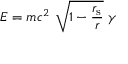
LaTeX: E = m c ^ { 2 } \ { \sqrt { 1 - { \frac { r _ { \mathrm { { s } } } } { r } } } } \ \gamma